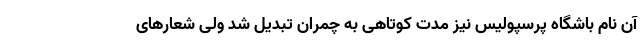
آن نام باشگاه پرسپولیس نیز مدت کوتاهی به چمران تبدیل شد ولی شعارهای